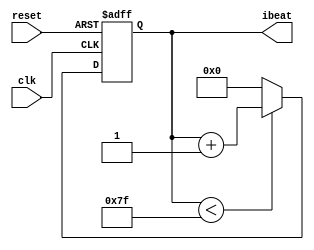
//
//
//
//

module PlayerCtrl (
	input clk,
	input reset,
	output reg [8:0] ibeat
);
parameter BEATLEAGTH = 127;

always @(posedge clk, posedge reset) begin
	if (reset)
		ibeat <= 0;
	else if (ibeat < BEATLEAGTH) 
		ibeat <= ibeat + 1;
	else 
		ibeat <= 0;
end

endmodule